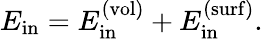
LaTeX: E_{\mathrm{in}}=E_{\mathrm{in}}^{(\mathrm{vol})}+E_{\mathrm{in}}^{(\mathrm{surf})}.